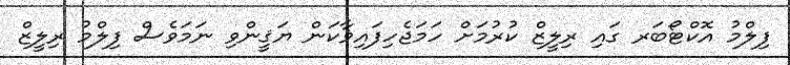
ފިލްމު އޮކްޓޯބަރ ގައި ރިލީޒް ކުރުމަށް ހަމަޖެހިފައިޥާކަން ޔަޤީންވި ނަމަވެސް ފިލްމު ރިލީޒް